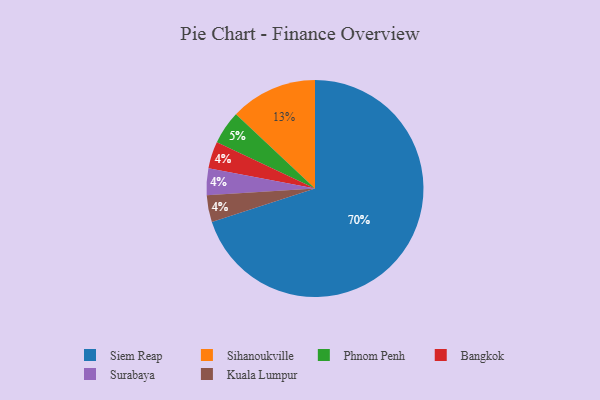
{"axis": {"x": "Category", "y": "Percentage"}, "legend": ["Bangkok", "Kuala Lumpur", "Phnom Penh", "Siem Reap", "Sihanoukville", "Surabaya"], "data": [{"x": "Siem Reap", "y": 70, "type": "Siem Reap"}, {"x": "Bangkok", "y": 4, "type": "Bangkok"}, {"x": "Surabaya", "y": 4, "type": "Surabaya"}, {"x": "Kuala Lumpur", "y": 4, "type": "Kuala Lumpur"}, {"x": "Sihanoukville", "y": 13, "type": "Sihanoukville"}, {"x": "Phnom Penh", "y": 5, "type": "Phnom Penh"}]}